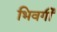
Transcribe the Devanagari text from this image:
भिवर्गी